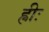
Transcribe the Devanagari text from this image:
ह्रीः